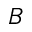
B